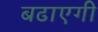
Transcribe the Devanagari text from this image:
बढाएगी